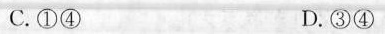
C.①④ D.③④